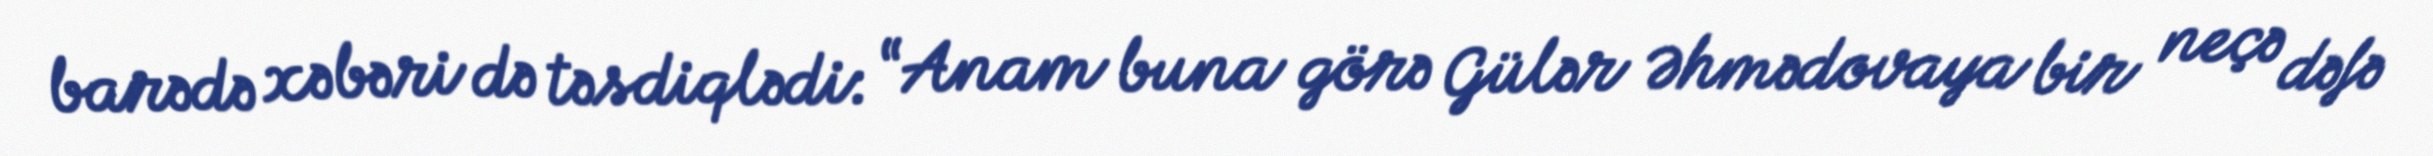
barədə xəbəri də təsdiqlədi: “Anam buna görə Gülər Əhmədovaya bir neçə dəfə